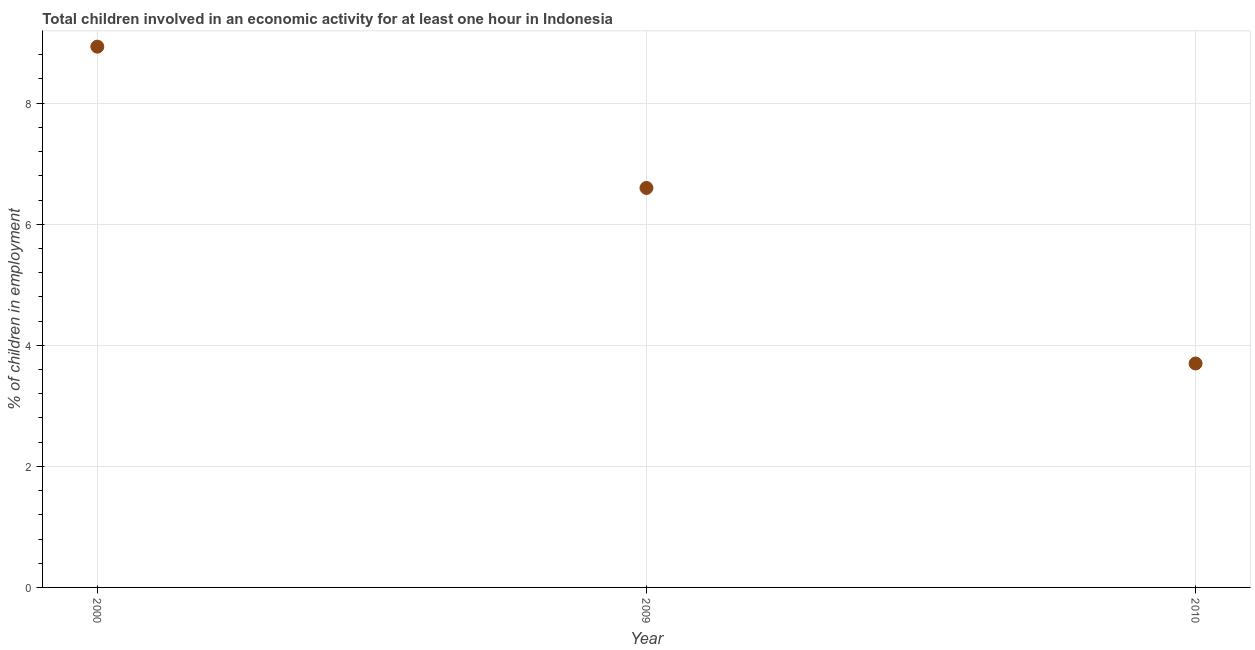
| Year | Children in employment |
 | --- | --- |
 | 2000 | 8.93 |
 | 2009 | 6.6 |
 | 2010 | 3.7 |